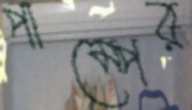
পাম্পের